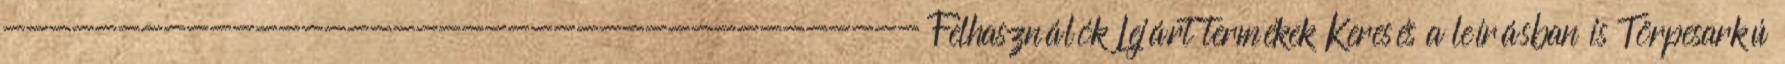
---------------------------------------- Felhasználók Lejárt termékek Keresés a leírásban is Törpesarkú